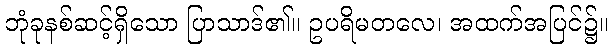
ဘုံခုနစ်ဆင့်ရှိသော ပြာသာဒ်၏။ ဥပရိမတလေ၊ အထက်အပြင်၌။